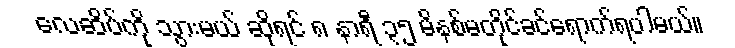
လေဆိပ်ကို သွားမယ် ဆိုရင် ၈ နာရီ ၃၅ မိနစ်မတိုင်ခင်ရောက်ရပါမယ်။